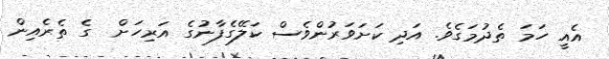
އެއީ ހަމަ ތެދުމަގެވެ. އަދި ކަށަވަރުންވެސް ކަލޭގެފާނުގެ އަރިހަށް  ގެ ތެރެއިން